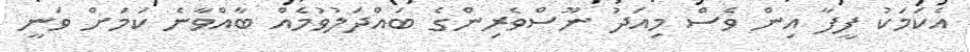
އެކަމަކު ފީފާ އިން ވެސް މިއަދު ނޫސްވެރިންގެ ބައްދަލުވުމެއް ބާއްވާނެ ކަމަށް ވަނީ